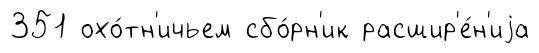
351 охо́тн'ичьем сбо́рн'ик расшир'е́н'иjа